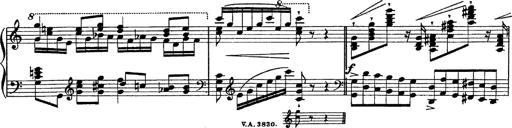
Title: Fantasie Ã¼ber Themen aus Mozarts Figaro und Don Giovanni
Composer: Franz Liszt